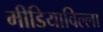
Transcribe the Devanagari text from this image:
मीडियाविल्ला